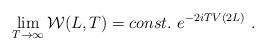
LaTeX: \begin{align*}\lim_{T\to\infty}{\cal W}(L,T)=const.\ e^{-2i T V(2L)}\ .\end{align*}